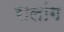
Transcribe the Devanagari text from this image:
रालांग